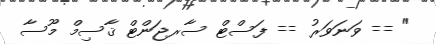
" == ވަނަވަރު == ފަސްޓް ސާރޖަންޓް ޤާސިމް މޫސާ